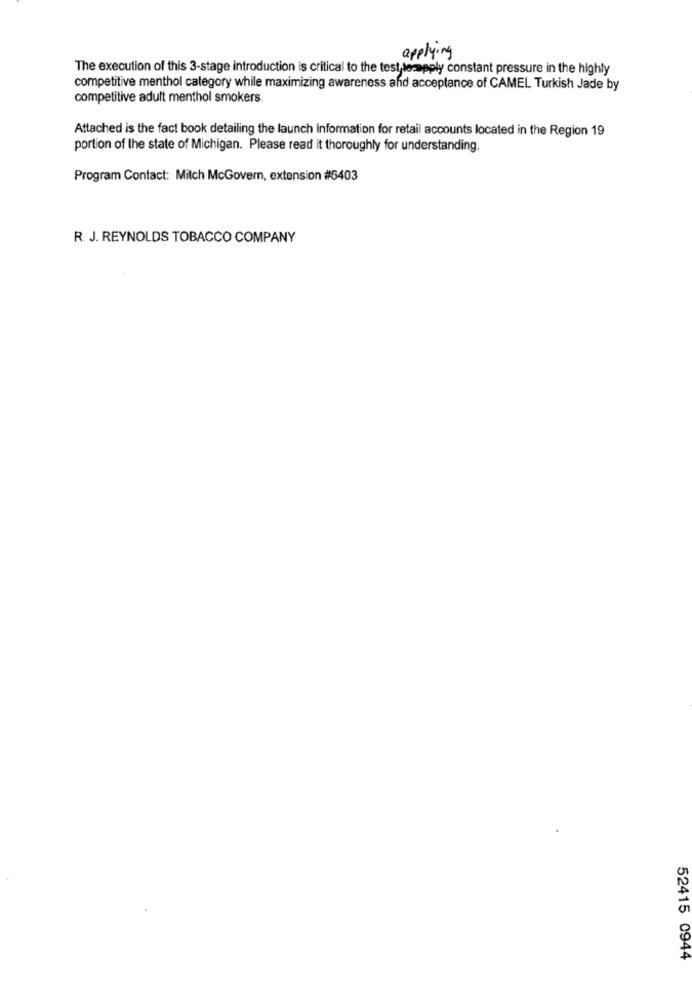
applying
The execution of this 3-stage introduction is critical to the test lerapply constant pressure in the highly
competitive menthol category while maximizing awareness and acceptance of CAMEL Turkish Jade by
competitive adult menthol smokers.
Attached is the fact book detailing the launch information for retail accounts located in the Region 19
portion of the state of Michigan. Please read it thoroughly for understanding.
Program Contact: Mitch McGovern, extension #6403
R. J. REYNOLDS TOBACCO COMPANY
52415 0944